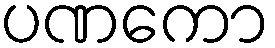
ပဏကော